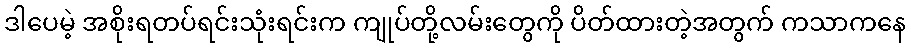
ဒါပေမဲ့ အစိုးရတပ်ရင်းသုံးရင်းက ကျုပ်တို့လမ်းတွေကို ပိတ်ထားတဲ့အတွက် ကသာကနေ